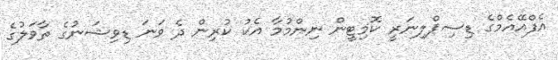
އެފްއޭއެމްގެ ޑިސިޕްލިނަރީ ކޮމިޓީން ނިންމުމާ އެކު ކުރިން ދެ ވަނަ ޑިވިޝަނުގެ ތާވަލުގެ